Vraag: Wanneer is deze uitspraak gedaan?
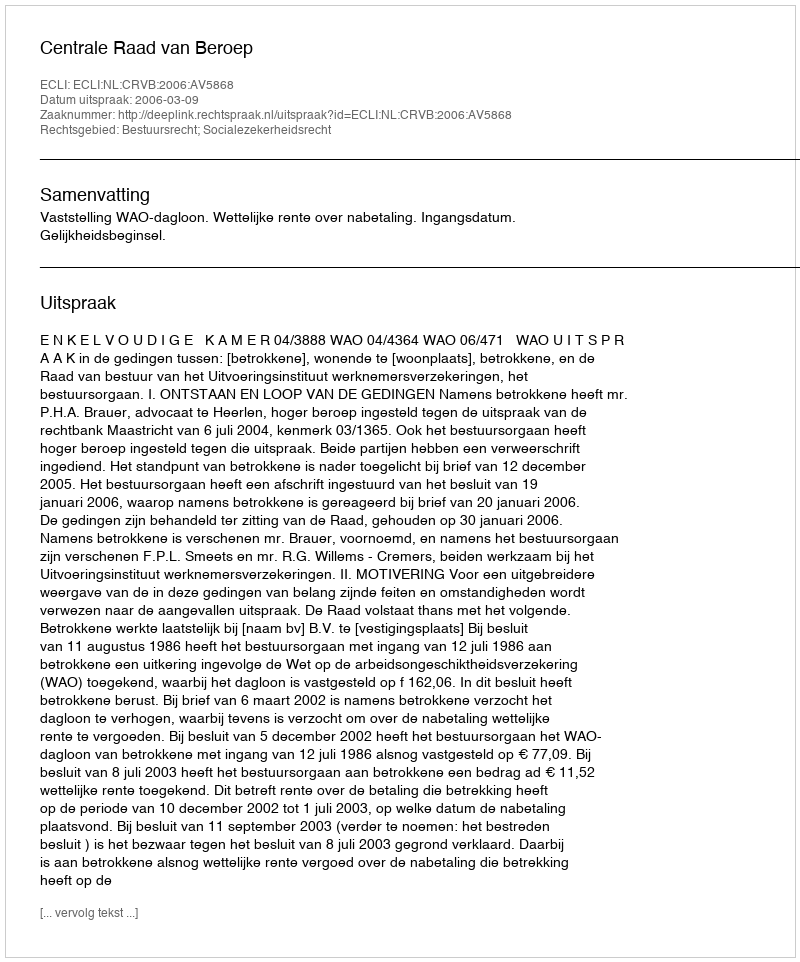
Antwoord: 2006-03-09